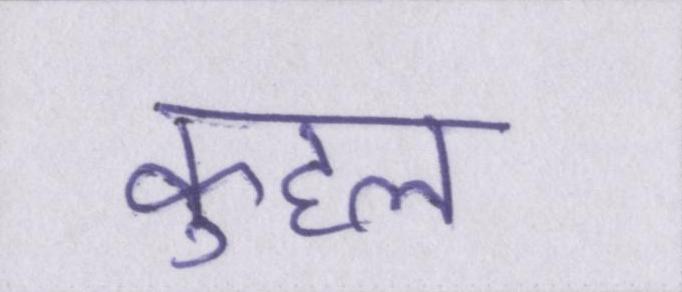
कुहल